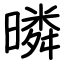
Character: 暽